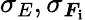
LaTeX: \sigma_{E},\sigma_{\boldsymbol{F}_{\mathbf{i}}}